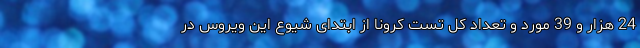
24 هزار و 39 مورد و تعداد کل تست کرونا از ابتدای شیوع این ویروس در